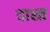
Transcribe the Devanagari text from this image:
दाश्त